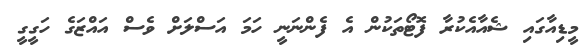
މީޑިއާގައި ޝެއާއެކުރާ ފޮޓޯތަކުން އެ ފެންނަނީ ހަމަ އަސްލަށް ވެސް އައްޒަގެ ހަގީގީ